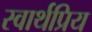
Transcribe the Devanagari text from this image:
स्वार्थप्रिय